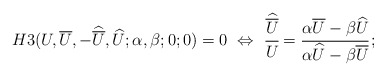
\begin{align*} H3(U,\overline{U},-\widehat{\overline{U}},\widehat{U};\alpha,\beta;0;0)=0 ~\Leftrightarrow~ \cfrac{\widehat{\overline{U}}}{U}=\cfrac{\alpha\overline{U}-\beta\widehat{U}}{\alpha\widehat{U}-\beta\overline{U}}\,;\end{align*}